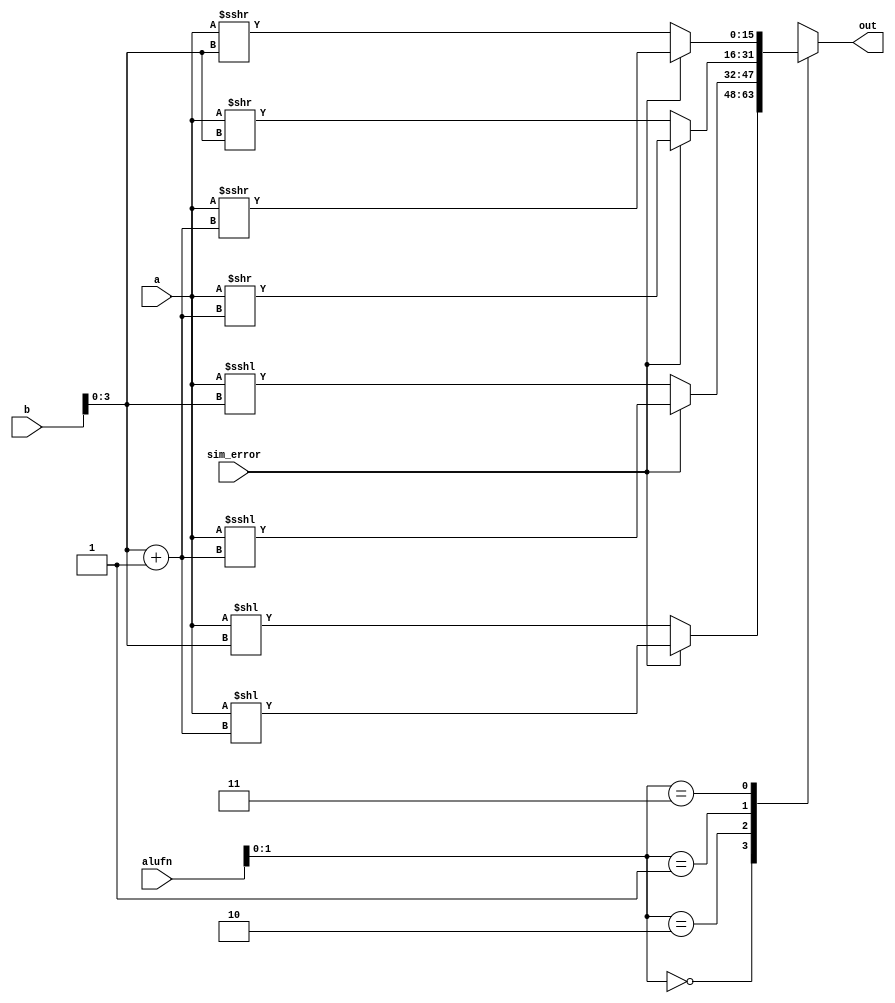
module shifter_16_10 (
    input [15:0] a,
    input [15:0] b,
    input [5:0] alufn,
    input [0:0] sim_error,
    output reg [15:0] out
  );
  
  
  
  always @* begin
    
    case (alufn[0+1-:2])
      default: begin
        out = a;
      end
      2'h0: begin
        if (sim_error == 1'h0) begin
          out = a << b[0+3-:4];
        end else begin
          out = a << b[0+3-:4] + 1'h1;
        end
      end
      2'h2: begin
        if (sim_error == 1'h0) begin
          out = $signed(a) <<< b[0+3-:4];
        end else begin
          out = $signed(a) <<< b[0+3-:4] + 1'h1;
        end
      end
      2'h1: begin
        if (sim_error == 1'h0) begin
          out = a >> b[0+3-:4];
        end else begin
          out = a >> b[0+3-:4] + 1'h1;
        end
      end
      2'h3: begin
        if (sim_error == 1'h0) begin
          out = $signed(a) >>> b[0+3-:4];
        end else begin
          out = $signed(a) >>> b[0+3-:4] + 1'h1;
        end
      end
    endcase
  end
endmodule